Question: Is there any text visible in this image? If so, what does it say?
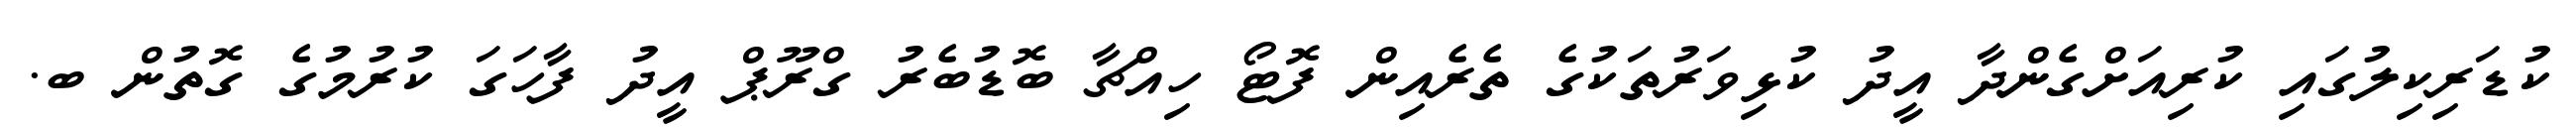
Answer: ކުޑަރިކިލުގައި ކުރިއަށްގެންދާ އީދު ކުޅިވަރުތަކުގެ ތެރެއިން ފޮޓޯ ހިއްޗާ ބޮޑުބެރު ގްރޫޕް އީދު ފާހަގަ ކުރުމުގެ ގޮތުން ބ.